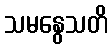
သမနွေသတိ